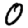
Digit: 0